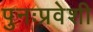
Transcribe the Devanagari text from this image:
पुनःप्रवेशी